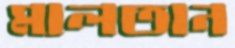
মালতান